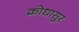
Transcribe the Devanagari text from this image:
क्रोधासुर